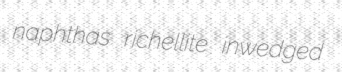
naphthas richellite inwedged